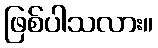
ဖြစ်ပါသလား။